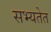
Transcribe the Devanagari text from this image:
सभ्यतेत